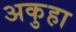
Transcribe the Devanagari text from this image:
अकुहा